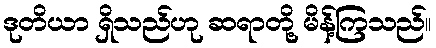
ဒုတိယာ ရှိသည်ဟု ဆရာတို့ မိန့်ကြသည်။